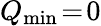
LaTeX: Q_{\mathrm{min}}\! =\! 0